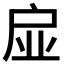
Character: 𢨼